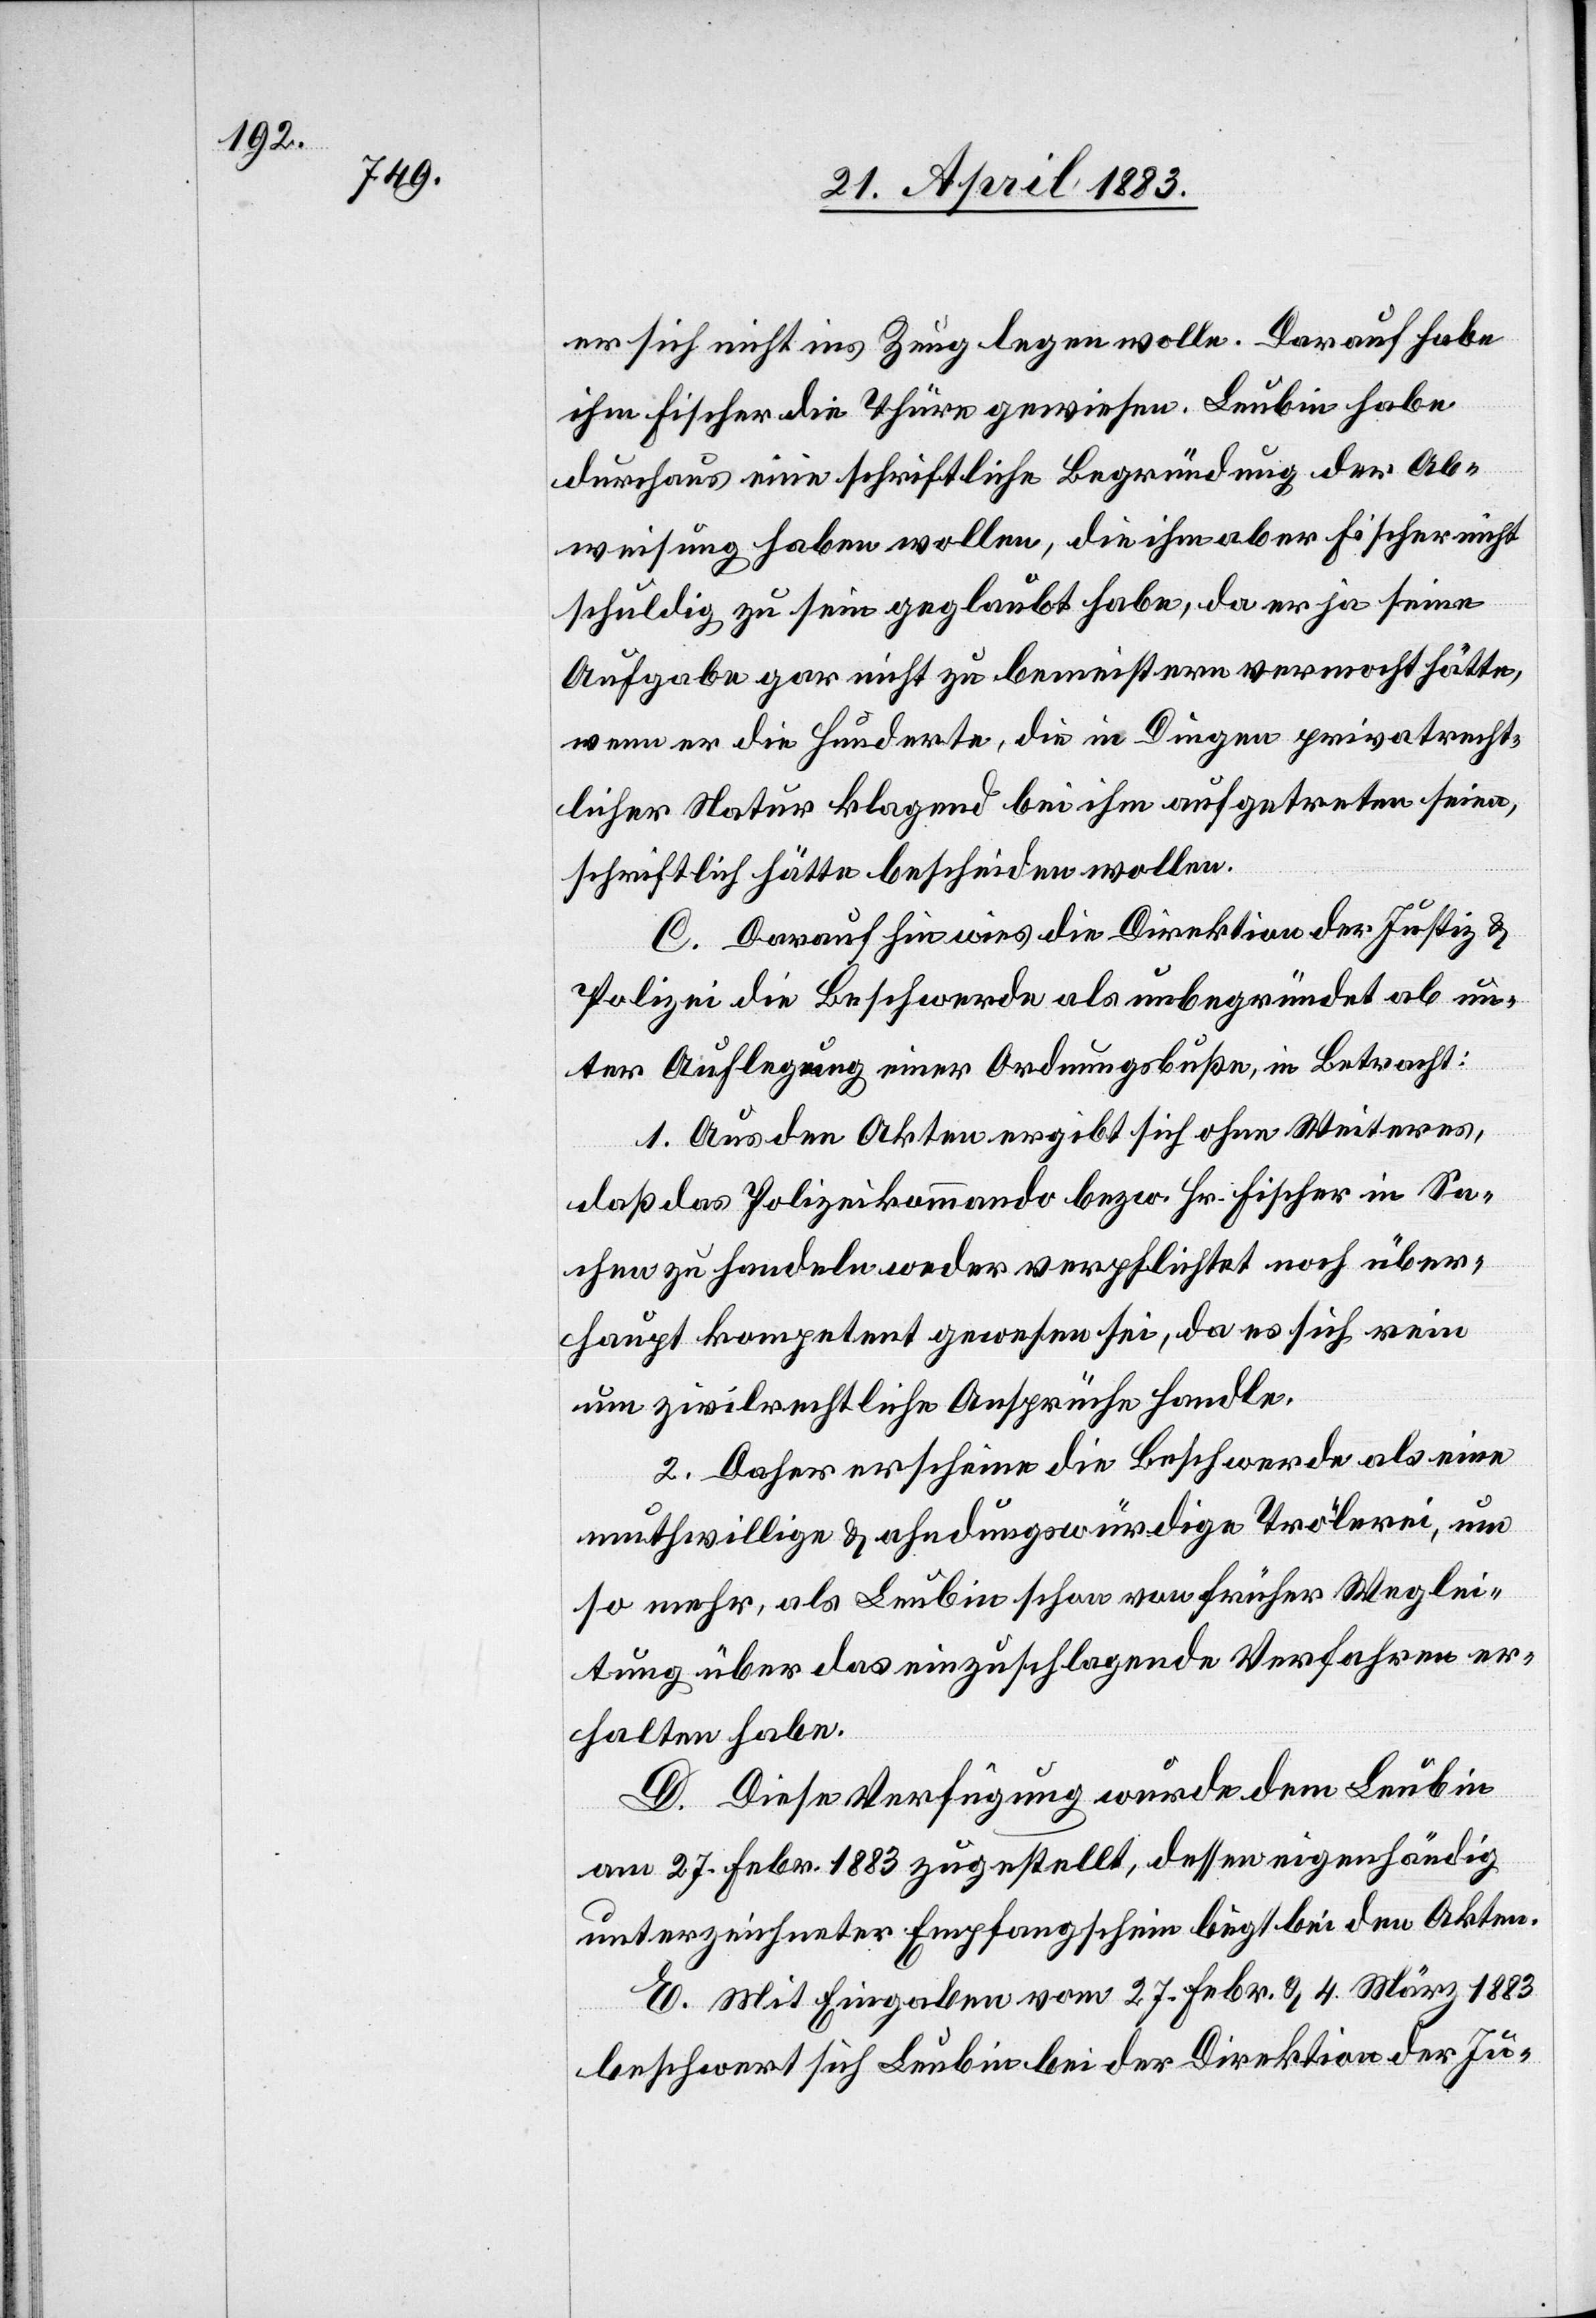
er sich nicht ins Zeug legen wolle. Darauf habe
ihm Fischer die Thüre gewiesen. Leubin habe
durchaus eine schriftliche Begründung der Ab¬
weisung haben wollen, die ihm aber Fischer nicht
schuldig zu sein geglaubt habe, da er ja seine
Aufgabe gar nicht zu bemeistern vermocht hätte,
wenn er die Hunderte, die in Dingen privatrecht¬
licher Natur klagend bei ihm aufgetreten seien,
schriftlich hätte bescheiden wollen.
C. Daraufhin wies die Direktion der Justiz &
Polizei die Beschwerde als unbegründet ab un¬
ter Auflegung einer Ordnungsbuße, in Betracht:
1. Aus den Akten ergibt sich ohne Weiteres,
daß das Polizeikommando bezw. Hr. Fischer in Sa¬
chen zu handeln weder verpflichtet noch über¬
haupt kompetent gewesen sei, da es sich rein
um zivilrechtliche Ansprüche handle.
2. Daher erscheine die Beschwerde als eine
muthwillige & ahndungswürdige Trölerei, um
so mehr, als Leubin schon von früher Weglei¬
tung über das einzuschlagende Verfahren er¬
halten habe.
D. Diese Verfügung wurde dem Leubin
am 27. Febr. 1883 zugestellt, dessen eigenhändig
unterzeichneter Empfangsschein liegt bei den Akten.
E. Mit Eingaben vom 27. Febr. & 4. März 1883
beschwert sich Leubin bei der Direktion der Ju-